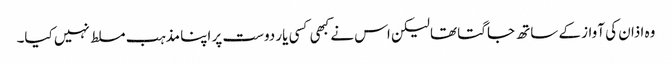
وہ اذان کی آواز کے ساتھ جاگتا تھا لیکن اس نے کبھی کسی یار دوست پر اپنا مذہب مسلط نہیں کیا۔